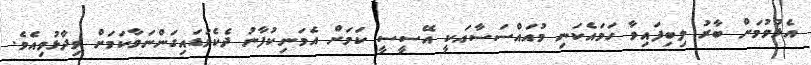
އެޅުވުމަށް ބާރު ލިބިފައިވާ ހަމައެކަނި މުއައްސަސާއަކީ އޭސީސީ ކަމަށް އެމަނިކުފާނު ދެކެވަޑައިގަންނަވާކަމަށް ވިދާޅުވިއެވެ.